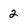
Character: 2